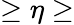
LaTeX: \ge\eta\ge